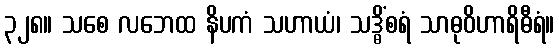
၃၂၈။ သစေ လဘေထ နိပကံ သဟာယံ၊ သဒ္ဓိံစရံ သာဓုဝိဟာရိဓီရံ။